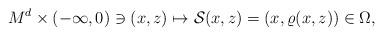
LaTeX: \begin{align*}M^d\times (-\infty, 0)\ni (x, z)\mapsto \mathcal{S}(x, z)=(x, \varrho(x, z))\in \Omega,\end{align*}